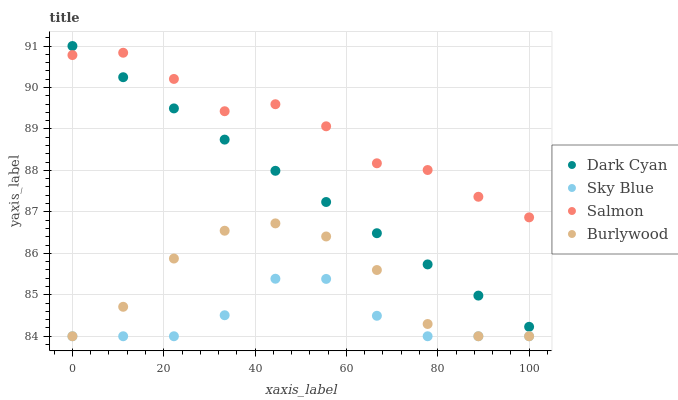
| xaxis_label | Dark Cyan | Sky Blue | Salmon | Burlywood |
 | --- | --- | --- | --- | --- |
 | 0 | 91 | 84 | 90.8 | 84 |
 | 11.1 | 90.2 | 84 | 90.8 | 84.7 |
 | 22.2 | 89.5 | 84 | 90.2 | 85.9 |
 | 33.3 | 88.7 | 84.5 | 89.4 | 86.5 |
 | 44.4 | 88 | 85.4 | 89.6 | 86.7 |
 | 55.6 | 87.2 | 85.4 | 89.1 | 86.4 |
 | 66.7 | 86.5 | 84.5 | 88.2 | 85.6 |
 | 77.8 | 85.7 | 84 | 88 | 84.3 |
 | 88.9 | 85 | 84 | 87.4 | 84 |
 | 100 | 84.2 | 84 | 86.9 | 84 |